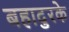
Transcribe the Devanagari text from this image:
बहादुरके